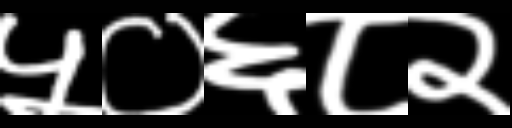
Text: ५०६८२